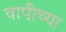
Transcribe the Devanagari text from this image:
वापीच्या